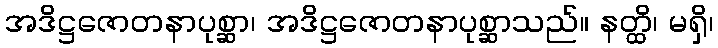
အဒိဋ္ဌဇောတနာပုစ္ဆာ၊ အဒိဋ္ဌဇောတနာပုစ္ဆာသည်။ နတ္ထိ၊ မရှိ၊